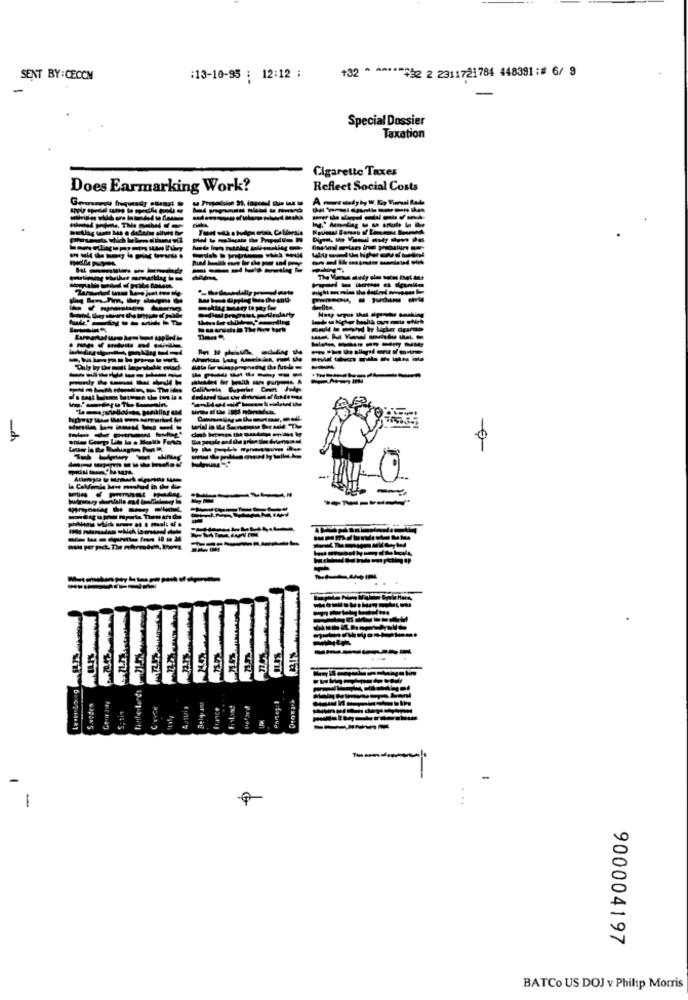
SENT BY: CECCM
:13-10-95 : 12:12 :
+32 * ******* 2 2 2311721784 448391:# 6/ 9
Special Dossier
Taxation
Cigarette Taxes
Does Earmarking Work?
Reflect Social Costs
-d
-
-
S.woden
Cruce
-
900004197
BATCo US DOJ v Philip Morris